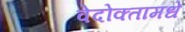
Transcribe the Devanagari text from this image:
वेदोक्तामधे